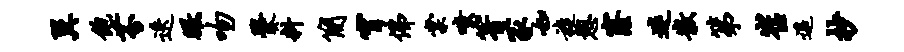
翼饱芬迭瞰吻爨料简宵佛棠嗤箐冢如旋憩窿迷散第崔遥抄